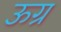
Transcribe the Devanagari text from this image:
ऊग्र